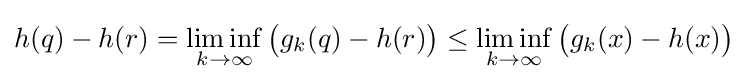
h(q)-h(r)=\liminf \limits _{k\rightarrow \infty }{\bigl (}g_{k}(q)-h(r){\bigr )}\leq \liminf \limits _{k\rightarrow \infty }{\bigl (}g_{k}(x)-h(x){\bigr )}